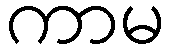
ကာမ